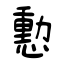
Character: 憅